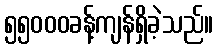
၅၅၀၀၀ခန့်ကျန်ရှိခဲ့သည်။